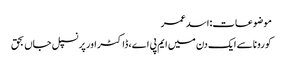
موضوعات:اسد عمر
کورونا سے ایک دن میں ایم پی اے، ڈاکٹر اور پرنسپل جاں بحق